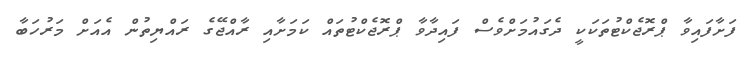
ފަށާފައިވާ ޕްރޮޖެކްޓުތަކަކީ ދެގައުމަށްވެސް ފައިދާވާ ޕްރޮޖެކްޓުތައް ކަމަށާއި ރާއްޖޭގެ ރައްޔިތުން އެއަށް މަރުހަބާ